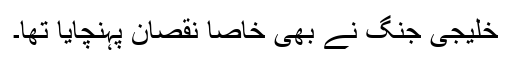
خلیجی جنگ نے بھی خاصا نقصان پہنچایا تھا۔